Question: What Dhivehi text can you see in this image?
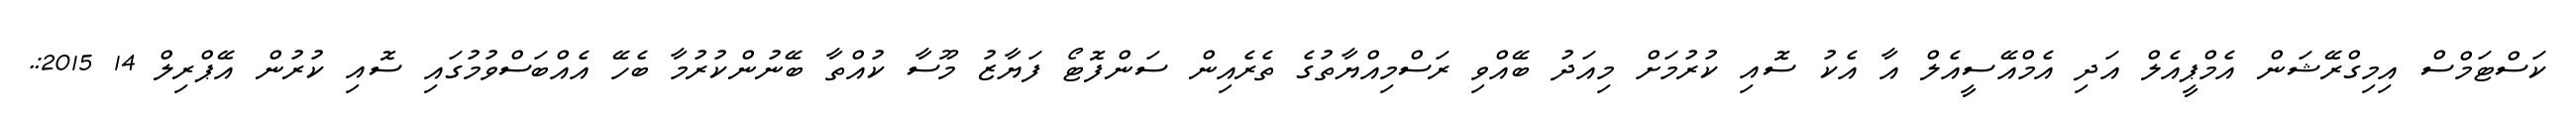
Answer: ކަސްޓަމްސް އިމިގްރޭޝަން އެމްޕީއެލް އަދި އެމްއޭސީއެލް އާ އެކު ސޮއި ކުރުމަށް މިއަދު ބޭއްވި ރަސްމިއްޔާތުގެ ތެރެއިން ސަންފޮޓޯ ފަޔާޒު މޫސާ ކުއްތާ ބޭނުންކުރުމާ ބެހޭ އެއްބަސްވުމުގައި ސޮއި ކުރުން އޭޕްރިލް 14 2015:.